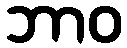
ဘာဝ